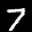
Label: 7